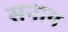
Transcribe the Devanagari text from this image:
सनाय